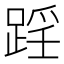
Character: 𨂘